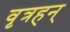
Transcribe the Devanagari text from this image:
वृत्रहन्